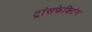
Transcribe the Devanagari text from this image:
ट्रांसफेक्टिंग